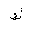
Letter: _kaf